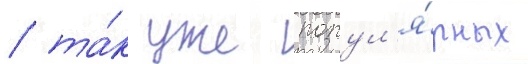
/ та́к уже попул'я́рных